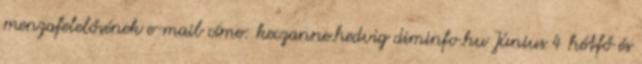
menzafelelősének e-mail címe: keczanne.hedvig diminfo.hu Június 4 hétfő és